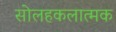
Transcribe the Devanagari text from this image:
सोलहकलात्मक